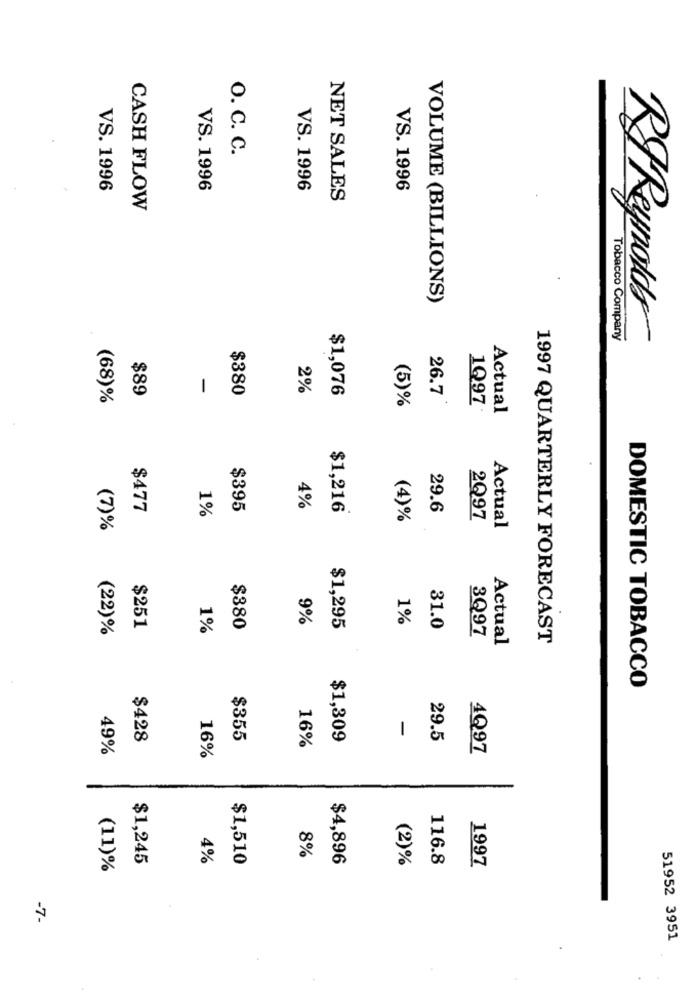
O. C. C.
VS. 1996
VS. 1996
VS. 1996
VS. 1996
NET SALES
CASH FLOW
VOLUME (BILLIONS)
Tobacco Company
$89
-
$380
2%
$1,076
26.7
(68)%
(5)%
1Q97
Actual
$477
$395
4%
$1,216
29.6
1%
(4)%
2Q97
(7)%
Actual
9%
1%
(22)%
$251
1%
$380
$1,295
31.0
3Q97
Actual
1997 QUARTERLY FORECAST
DOMESTIC TOBACCO
-
$428
$355
16%
$1,309
29.5
49%
4Q97
16%
8%
$1,245
4%
$1,510
$4,896
(2)%
116.8
1997
(11)%
-7
51952 3951